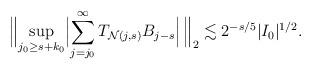
LaTeX: \begin{align*}\Bigl\lVert \sup _{j_0 \geq s+k_0} \Bigl\lvert \sum_{j = j_0} ^{\infty } T _{\mathcal N(j,s)} B _{j-s}\Bigr\rvert\, \Bigr\rVert_2 \lesssim 2 ^{-s/5} \lvert I_0\rvert ^{1/2}. \end{align*}